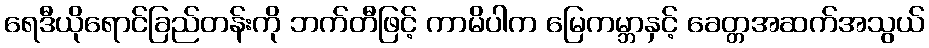
ရေဒီယိုရောင်ခြည်တန်းကို ဘက်တီဖြင့် ကာမိပါက မြေကမ္ဘာနှင့် ခေတ္တအဆက်အသွယ်